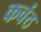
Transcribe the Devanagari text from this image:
कवंठ